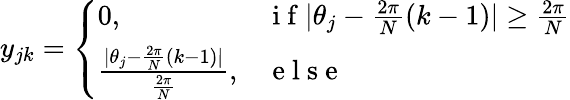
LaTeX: y_{jk}=\left\{ \begin{array}{ll}{0,}&{\mathrm{~i~f~}|\theta_{j}-\frac{2\pi}{N}(k-1)|\geq\frac{2\pi}{N}}\\ {\frac{|\theta_{j}-\frac{2\pi}{N}(k-1)|}{\frac{2\pi}{N}},}&{\mathrm{~e~l~s~e~}}\end{array}\right.